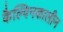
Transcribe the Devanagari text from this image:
कैल्विनकालीन